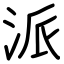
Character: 派